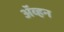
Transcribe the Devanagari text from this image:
अॅव्हन